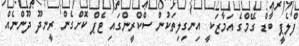
ފްލެޕީ ބާޑް ގޭމްގެ އަމާޒަކީ އިނގިލިތަކުން ސްކްރީންގައި ޓެޕް ކޮށްގެން ރީނދޫ ދޫންނެއް